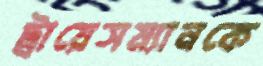
ট্রায়েসম্যানকে